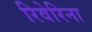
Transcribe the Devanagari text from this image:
रिवेरिना